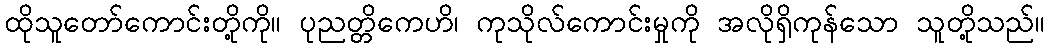
ထိုသူတော်ကောင်းတို့ကို။ ပုညတ္တိကေဟိ၊ ကုသိုလ်ကောင်းမှုကို အလိုရှိကုန်သော သူတို့သည်။